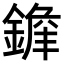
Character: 𨪭